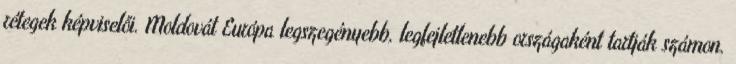
rétegek képviselői. Moldovát Európa legszegényebb, legfejletlenebb országaként tartják számon.